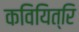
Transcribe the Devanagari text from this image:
कवियित्रि